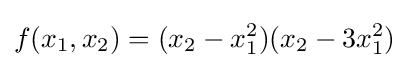
f(x_{1},x_{2})=(x_{2}-x_{1}^{2})(x_{2}-3x_{1}^{2})